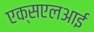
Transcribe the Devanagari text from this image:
एक्सएलआई